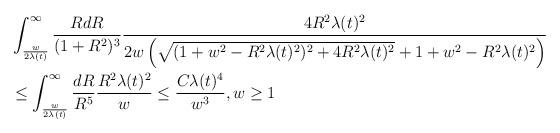
LaTeX: \begin{align*}&\int_{\frac{w}{2\lambda(t)}}^{\infty} \frac{R dR}{(1+R^{2})^{3}} \frac{4 R^{2}\lambda(t)^{2}}{2w\left(\sqrt{(1+w^{2}-R^{2}\lambda(t)^{2})^{2}+4R^{2}\lambda(t)^{2}}+1+w^{2}-R^{2}\lambda(t)^{2}\right)} \\&\leq \int_{\frac{w}{2\lambda(t)}}^{\infty} \frac{dR}{R^{5}} \frac{R^{2} \lambda(t)^{2}}{w} \leq \frac{C\lambda(t)^{4}}{w^{3}}, w \geq 1\end{align*}